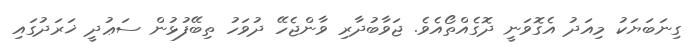
ގިނަބަޔަކު މިއަދު އެގޮވަނީ ދޮގެއްތޯއެވެ. ޖަވާބުދާރި ވާންޖެހޭ ދުވަހު ތިބޭފުޅުން ސަޢުދީ ޚަރަދުގައި